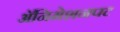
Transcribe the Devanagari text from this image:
अॅनिमेशनपट